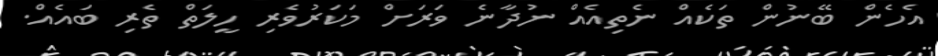
އެހެން ބޭނުން ތަކެއް ނެތިއެއް ނުދާނެ ވަރަށް މަކަރުވެރި ހީލަތް ތެރި ބައެއް.